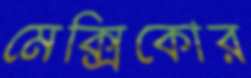
মেক্সিকোর